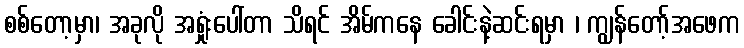
စစ်တော့မှာ၊ အခုလို အရှုံးပေါ်တာ သိရင် အိမ်ကနေ ခေါင်းနဲ့ဆင်းရမှာ ၊ ကျွန်တော့်အဖေက